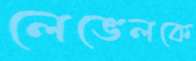
লেভেলকে